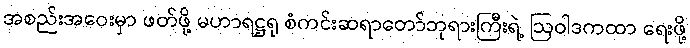
အစည်းအဝေးမှာ ဖတ်ဖို့ မဟာရဋ္ဌရု စံကင်းဆရာတော်ဘုရားကြီးရဲ့ ဩဝါဒကထာ ရေးဖို့